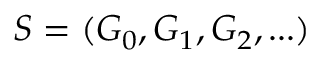
{ \cal S } = ( G _ { 0 } , G _ { 1 } , G _ { 2 } , . . . )